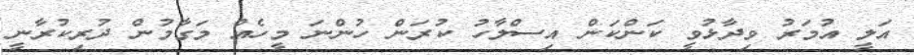
އަލީ އުމަރު ވިދާޅުވީ ކަންކަން އިސްލާހު ކުރަން ހުންނަ މީހެއް މަގާމުން ދުރިކުރާނީ